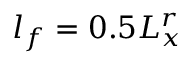
l _ { f } = 0 . 5 L _ { x } ^ { r }